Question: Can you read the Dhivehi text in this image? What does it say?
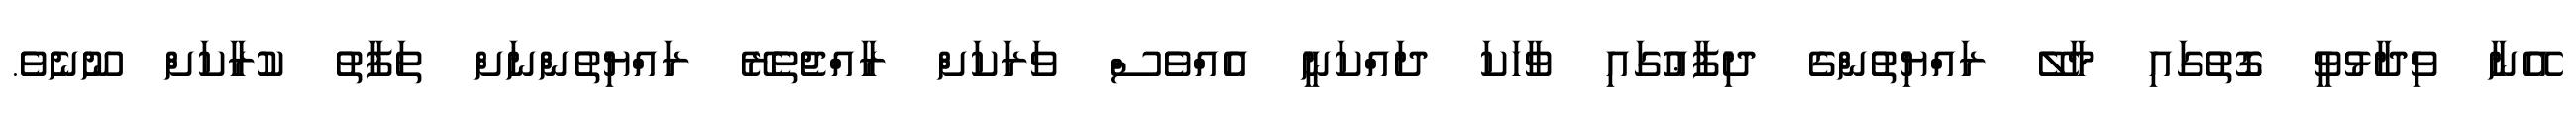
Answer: އޭނާ ވިދާޅުވީ ގޮތުގައި މާލޭ ރައްޔިތުންގެ ދިފާޢުގައި ވާހަކަ ދައްކަނީ އެއްވެސް ވަރަކަށް ރާއްޖެތެރޭ ރައްޔިތުންނަށް ތަފާތު ކުރާކަށް ނޫނެވެ.